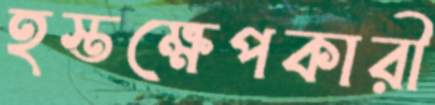
হস্তক্ষেপকারী